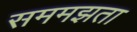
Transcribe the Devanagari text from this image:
सममझता